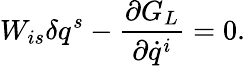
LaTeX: W_{is}\delta q^{s}-{\frac{\partial G_{L}}{\partial\dot{q}^{i}}}=0.